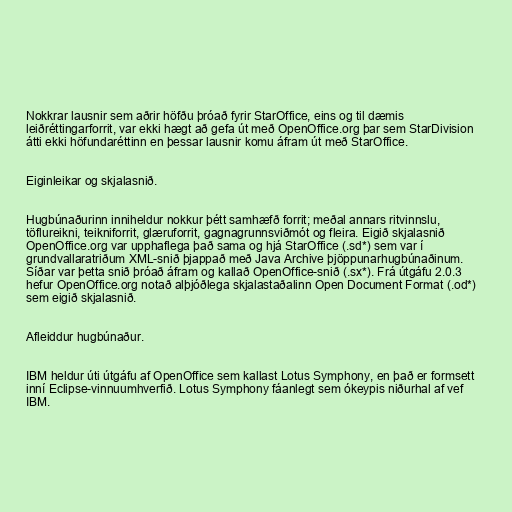
Nokkrar lausnir sem aðrir höfðu þróað fyrir StarOffice, eins og til dæmis
leiðréttingarforrit, var ekki hægt að gefa út með OpenOffice.org þar sem StarDivision
átti ekki höfundaréttinn en þessar lausnir komu áfram út með StarOffice.

Eiginleikar og skjalasnið.

Hugbúnaðurinn inniheldur nokkur þétt samhæfð forrit; meðal annars ritvinnslu,
töflureikni, teikniforrit, glæruforrit, gagnagrunnsviðmót og fleira. Eigið skjalasnið
OpenOffice.org var upphaflega það sama og hjá StarOffice (.sd*) sem var í
grundvallaratriðum XML-snið þjappað með Java Archive þjöppunarhugbúnaðinum.
Síðar var þetta snið þróað áfram og kallað OpenOffice-snið (.sx*). Frá útgáfu 2.0.3
hefur OpenOffice.org notað alþjóðlega skjalastaðalinn Open Document Format (.od*)
sem eigið skjalasnið.

Afleiddur hugbúnaður.

IBM heldur úti útgáfu af OpenOffice sem kallast Lotus Symphony, en það er formsett
inní Eclipse-vinnuumhverfið. Lotus Symphony fáanlegt sem ókeypis niðurhal af vef
IBM.